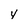
Character: y